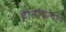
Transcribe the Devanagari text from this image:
होतांचत्यानें